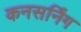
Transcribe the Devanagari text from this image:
कनसर्निंग